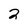
Character: 2